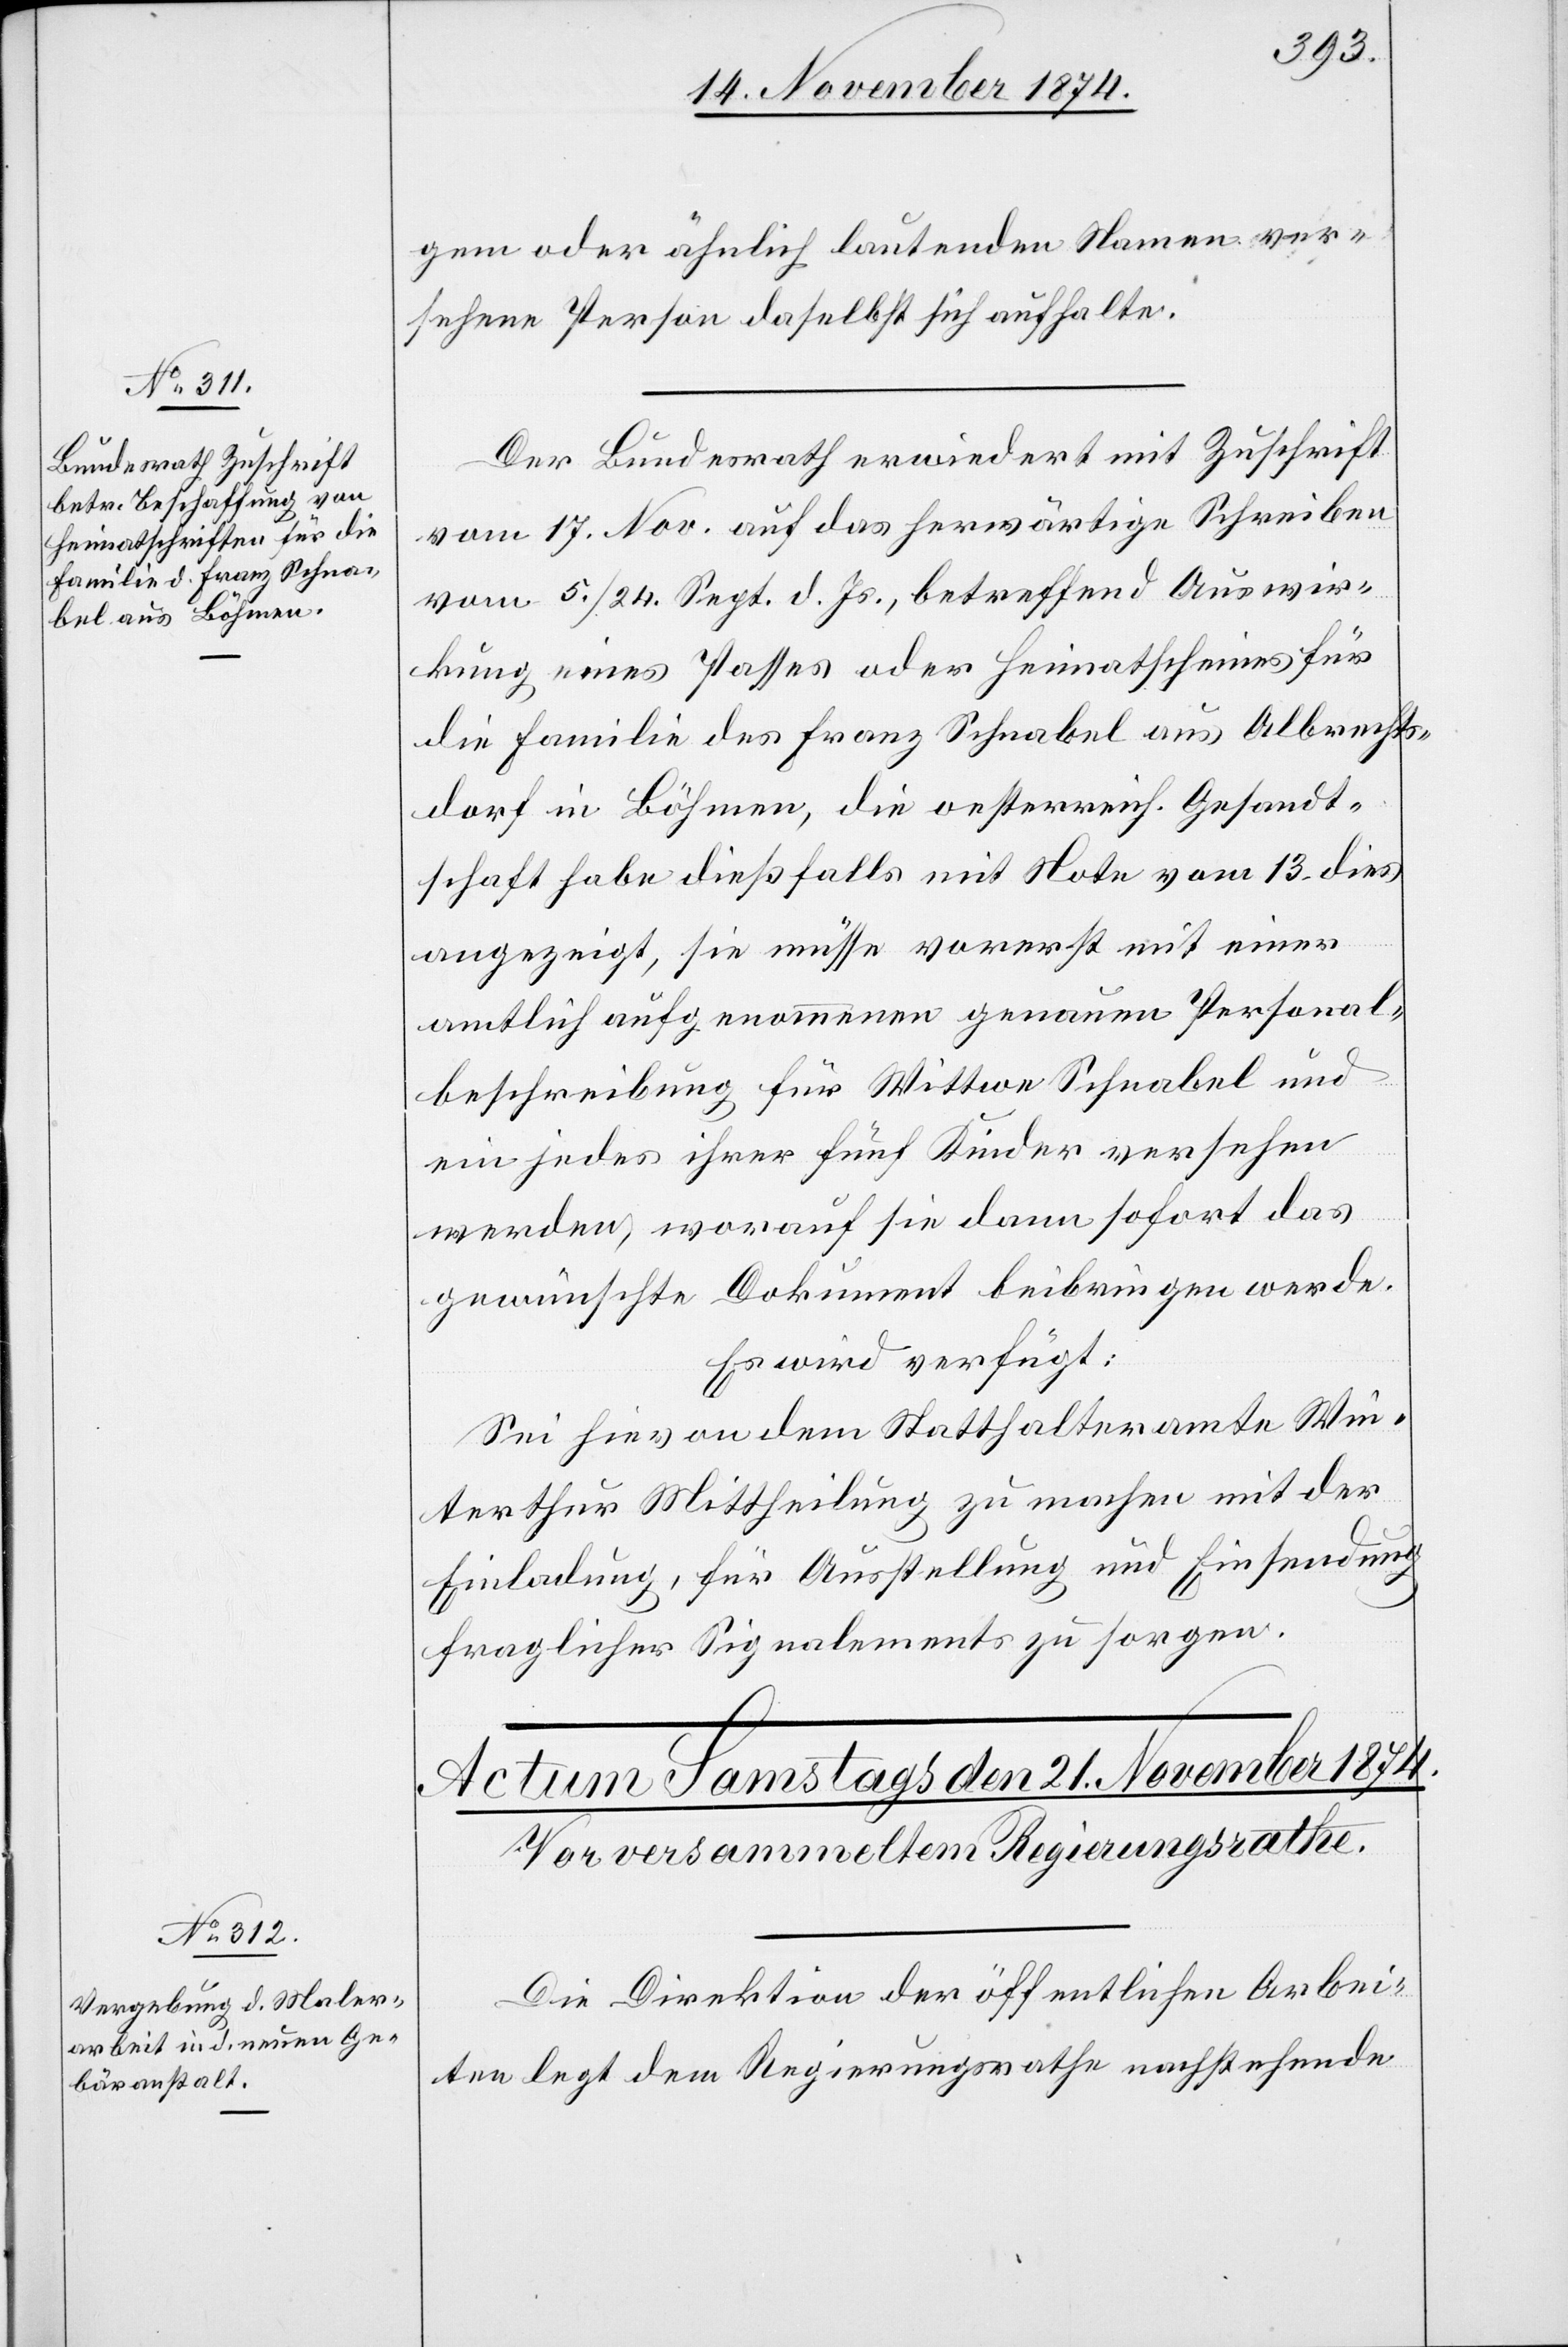
20. November 1874.]
gem oder ähnlich lautendem Namen ver¬
sehene Person daselbst sich aufhalte.
Der Bundesrath erwiedert mit Zuschrift
vom 17. Nov. auf das herwärtige Schreiben
vom 5./24. Sept. d. Js., betreffend Auswir¬
kung eines Passes oder Heimatscheines für
die Familie des Franz Schnabel aus Albrechts¬
dorf in Böhmen, die oesterreich. Gesandt¬
schaft habe dießfalls mit Note vom 13. dies
angezeigt, sie müsse vorerst mit einer
amtlich aufgenommenen genauen Personal¬
beschreibung für Wittwe Schnabel und
ein jedes ihrer fünf Kinder versehen
werden, worüber sie dann sofort das
gewünschte Dokument beibringen werde.
Es wird verfügt:
Sei hievon dem Statthalteramte Win¬
terthur Mittheilung zu machen mit der
Einladung, für Ausstellung und Einsendung
fragliches Signalements zu sorgen.
Die Direktion der öffentlichen Arbei¬
ten legt dem Regierungsrathe nachstehende